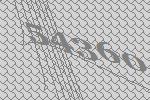
54360